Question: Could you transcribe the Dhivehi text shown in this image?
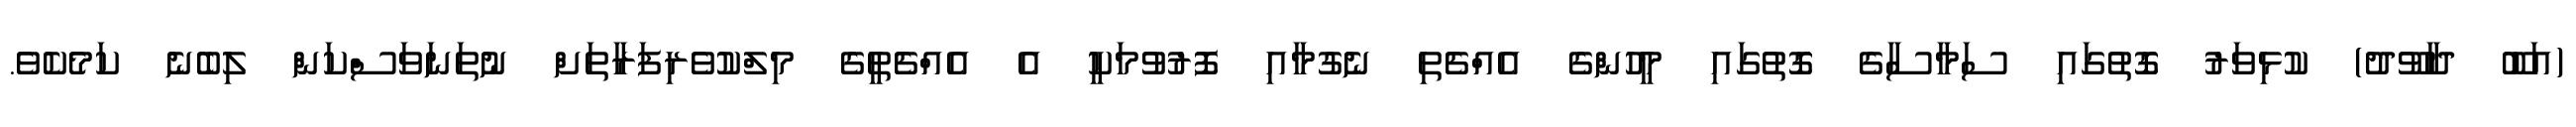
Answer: (އަބޫ ދާވޫދު) ކުޅިވަރު ގޮތުގައި ސަމާސާގެ ގޮތުގައި މީހުންގެ އެއްޗެތި ނެގުމާއި ފޮރުވުމަކީ އެ އެއްޗެތީގެ މިލްކުވެރިފަރާތަށް ނުތަނަވަސްކަން ލިބެނެ ކަމެކެވެ.